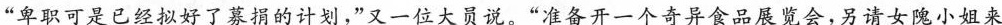
“卑职可是已经拟好了募捐的计划,”又一位大员说。“准备开一个奇异食品展览会,另请女隗小姐来